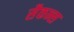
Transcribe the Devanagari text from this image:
सैकन्स